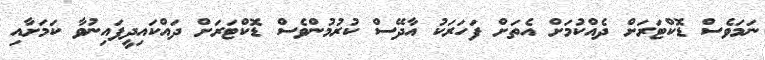
ނަމަވެސް ޑޮކްޓަރަށް ދެއްކުމަށް އެތަށް ފަހަރަކު އާދޭސް ކުރުމުންވެސް ޑޮކްޓަރަށް ދައްކައިދީފައިނުވާ ކަމަށާއި